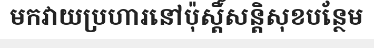
មកវាយប្រហារនៅប៉ុស្តិ៍សន្តិសុខបន្ថែម